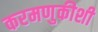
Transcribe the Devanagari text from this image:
करमणुकीशी